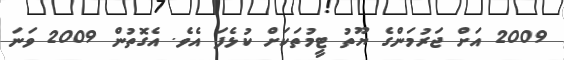
2009 އަށް ޖަރުމަންގެ ޔޫތު ޓީމުތަކަށް ކުޅެފަ އެވެ. އެގޮތުން 2009 ވަނަ